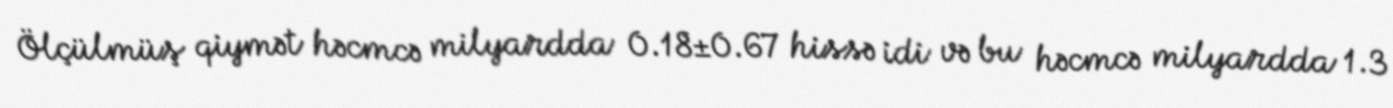
Ölçülmüş qiymət həcmcə milyardda 0.18±0.67 hissə idi və bu həcmcə milyardda 1.3